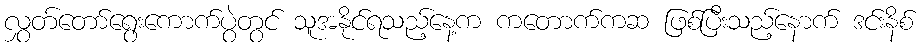
လွှတ်တော်ရွေးကောက်ပွဲတွင် သူအနိုင်ရသည့်နေ့က ကတောက်ကဆ ဖြစ်ပြီးသည့်နောက် ဒင်းနိစ်